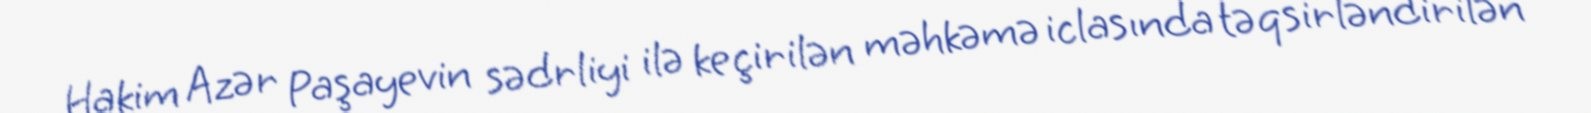
Hakim Azər Paşayevin sədrliyi ilə keçirilən məhkəmə iclasında təqsirləndirilən